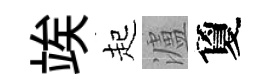
竢起瀘夐